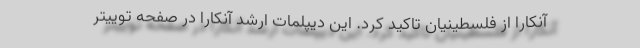
آنکارا از فلسطینیان تاکید کرد. این دیپلمات ارشد آنکارا در صفحه توییتر